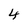
Character: 4